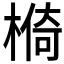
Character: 𱤄